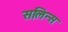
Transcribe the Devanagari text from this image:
सलिन्स